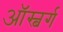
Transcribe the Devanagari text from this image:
ऑस्बर्ग